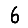
Digit: 6